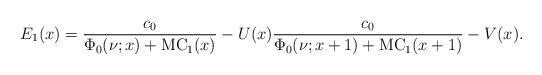
\begin{align*}E_1(x)=\frac{c_0}{\Phi_0(\nu;x)+\mathrm{MC}_1(x)}-U(x)\frac{c_0}{\Phi_0(\nu;x+1)+\mathrm{MC}_1(x+1)}-V(x).\end{align*}